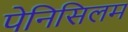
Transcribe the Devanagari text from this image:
पेनिसिलम